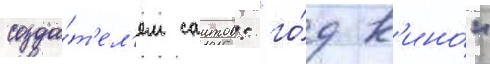
созда́т'ел'ем саитов: "го́д к'ино́"